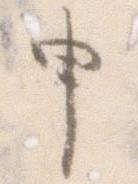
申